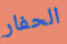
الحفار